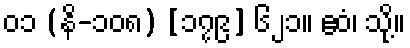
၀၁ (နိ-၁၀၈) [၁၇၉] ၆၂၁။ ဧဝံ၊ သို့။